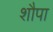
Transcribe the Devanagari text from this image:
शौपा